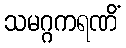
သမဂ္ဂကရဏိံ